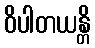
ဝိပါတယန္တိ